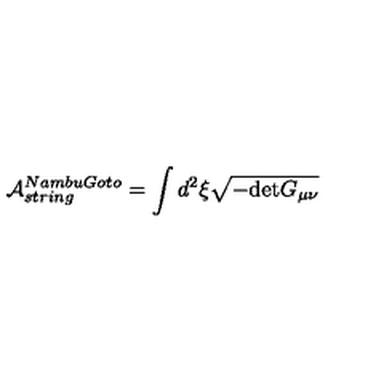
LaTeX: \mathcal { A } _ { s t r i n g } ^ { N a m b u G o t o } = \int d ^ { 2 } \xi \sqrt { - \mathrm { d e t } G _ { \mu \nu } }